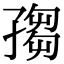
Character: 𡦅